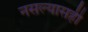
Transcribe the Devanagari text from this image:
नसल्यासही